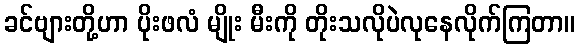
ခင်ဗျားတို့ဟာ ပိုးဖလံ မျိုး မီးကို တိုးသလိုပဲလုနေလိုက်ကြတာ။